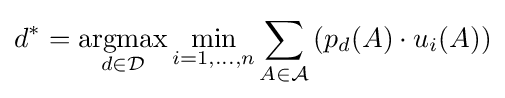
d^{*}={\underset {d\in {\mathcal {D}}}{\operatorname {argmax} }}\min _{i=1,\ldots ,n}\sum _{A\in {\mathcal {A}}}\left(p_{d}(A)\cdot u_{i}(A)\right)